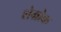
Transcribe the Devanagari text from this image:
शेम्रोक